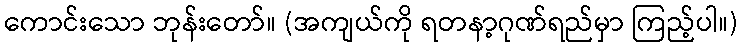
ကောင်းသော ဘုန်းတော်။ (အကျယ်ကို ရတနာ့ဂုဏ်ရည်မှာ ကြည့်ပါ။)